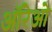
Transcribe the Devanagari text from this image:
ऑरेओ